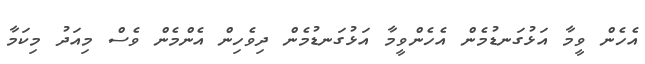
އެހެން ވީމާ އަޅުގަނޑުމެން އެހެންވީމާ އަޅުގަނޑުމެން ދިވެހިން އެންމެން ވެސް މިއަދު މިކަމާ